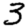
Digit: 3